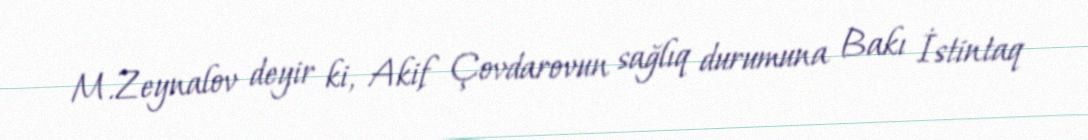
M.Zeynalov deyir ki, Akif Çovdarovun sağlıq durumuna Bakı İstintaq